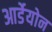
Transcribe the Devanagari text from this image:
आर्डेयोन